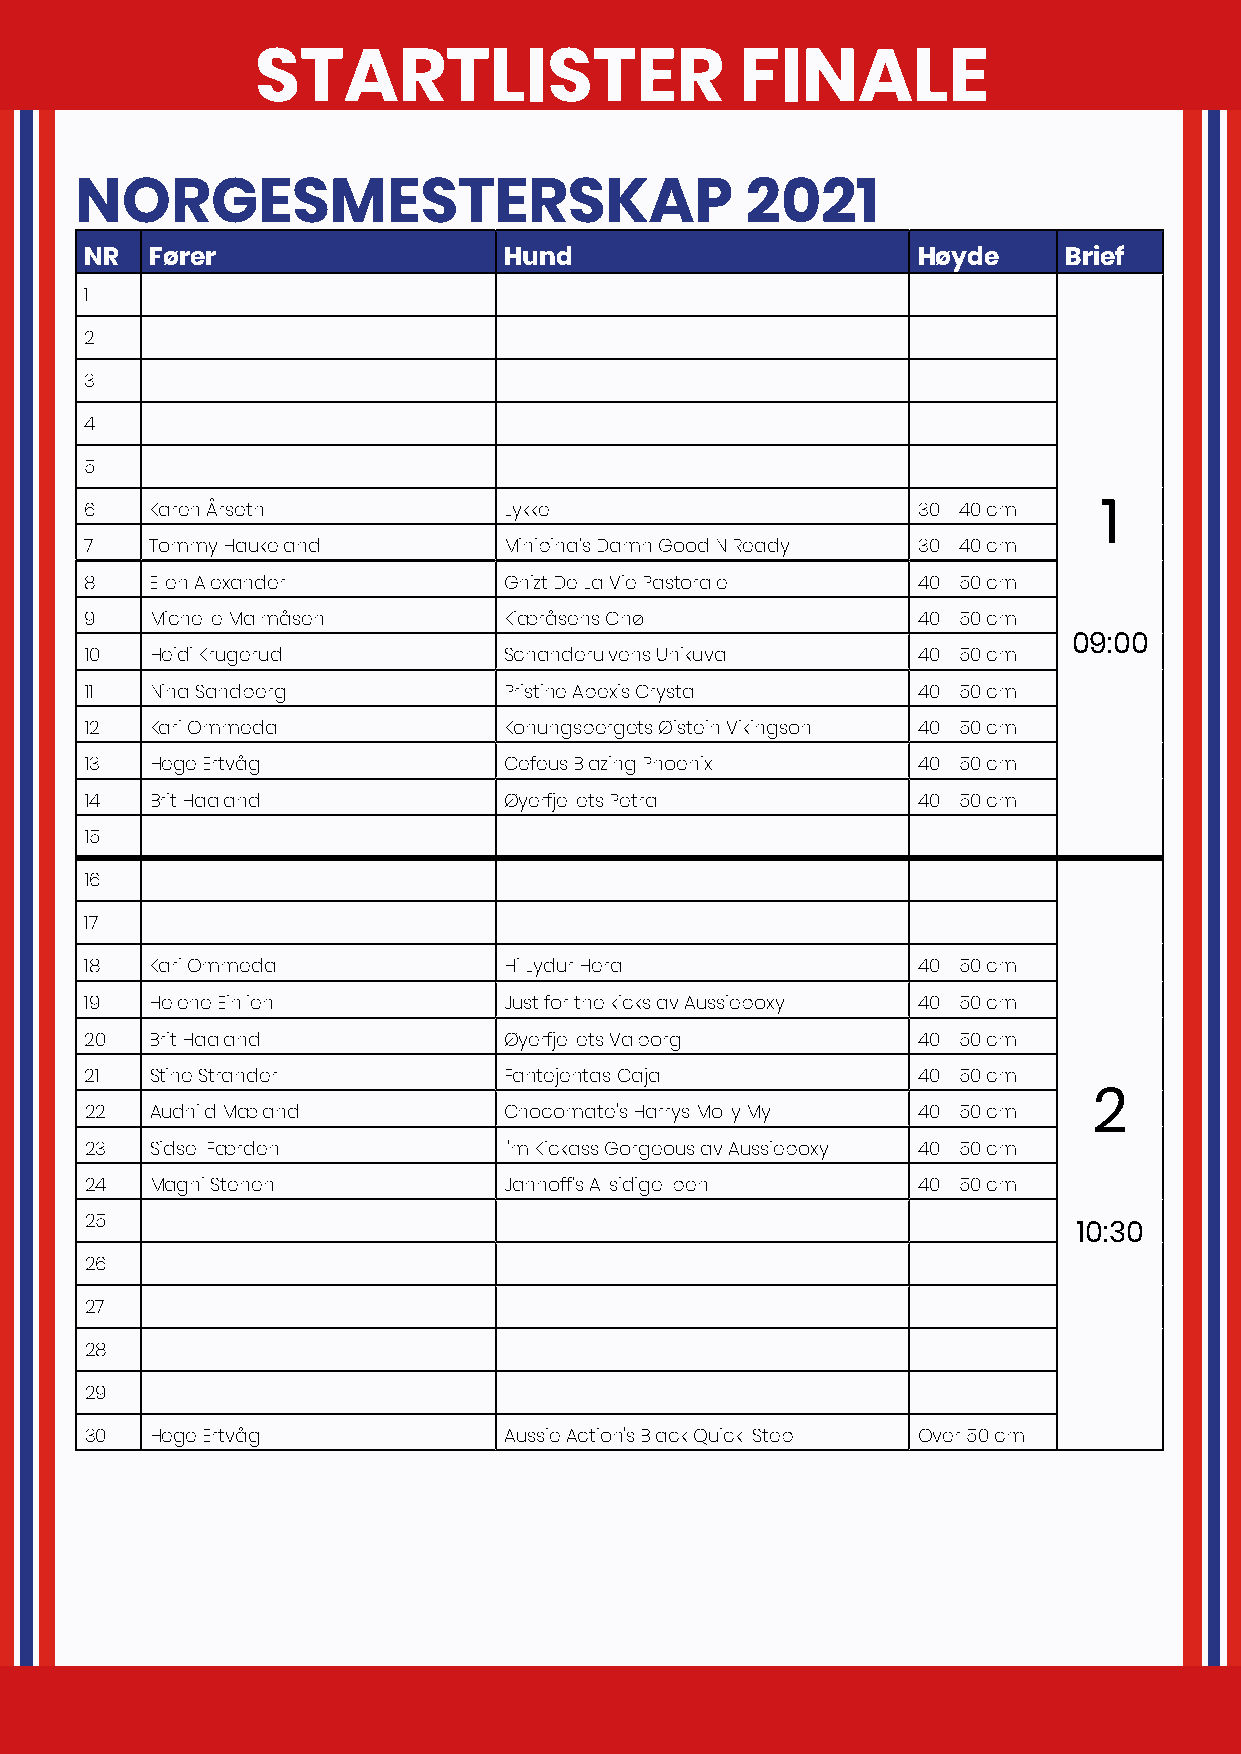
STARTLISTER                     FINALE
 NORGESMESTERSKAP                            2021
 NR  Fører                  Hund                        Høyde    Brief
 1
 2
 3
 4
 5
 6   Karen Årseth           Lykke                       30 - 40 cm
 1
 7   Tommy Haukeland        Minipina’s Damn Good N Ready 30 - 40 cm
 8   Ellen Alexander        Gnizt De La Vie Pastorale   40 - 50 cm
 9   Michelle Malmåsen      Kiæråsens Cnø               40 - 50 cm
 09:00
 10  Heidi Krugerud         Schanderulvens Unikuva      40 - 50 cm
 11  Nina Sandberg          Pristine Apexis Crystal     40 - 50 cm
 12  Kari Ommedal           Konungsbergets Øistein Vikingson 40 - 50 cm
 13  Hege Ertvåg            Cefeus Blazing Phoenix II   40 - 50 cm
 14  Brit Haaland           Øyerfjellets Petra          40 - 50 cm
 15
 16
 17
 18  Kari Ommedal           Hi Lydur Hera               40 - 50 cm
 19  Helene Einlien         Just for the kicks av Aussieboxy 40 - 50 cm
 20  Brit Haaland           Øyerfjellets Valborg        40 - 50 cm
 21  Stine Strander         Fantejentas Caja            40 - 50 cm
 22  Audhild Mæland         Chocomate's Harrys Molly My 40 - 50 cm 2
 23  Sidsel Færden          I'm Kickass Gorgeous av Aussieboxy 40 - 50 cm
 24  Magni Stenen           Jannoff’s Allsidige Iben    40 - 50 cm
 25
 10:30
 26
 27
 28
 29
 30  Hege Ertvåg            Aussie Action's Black Quick-Step Over 50 cm